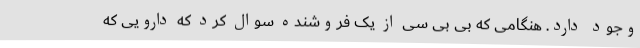
وجود دارد. هنگامی که بی بی سی از یک فروشنده سوال کرد که دارویی که